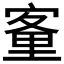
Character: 𡪂